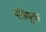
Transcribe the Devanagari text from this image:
पतियुक्त